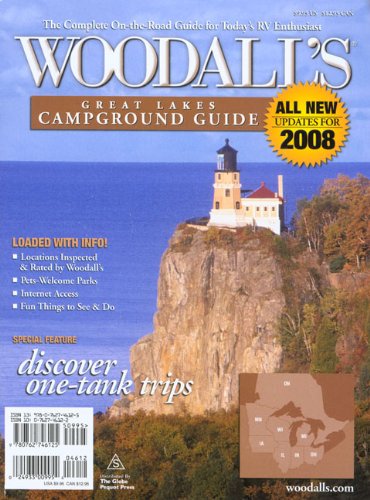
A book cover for Woodall's Great Lakes Campground Guide, 2008; Woodall's Publications Corp.; Travel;